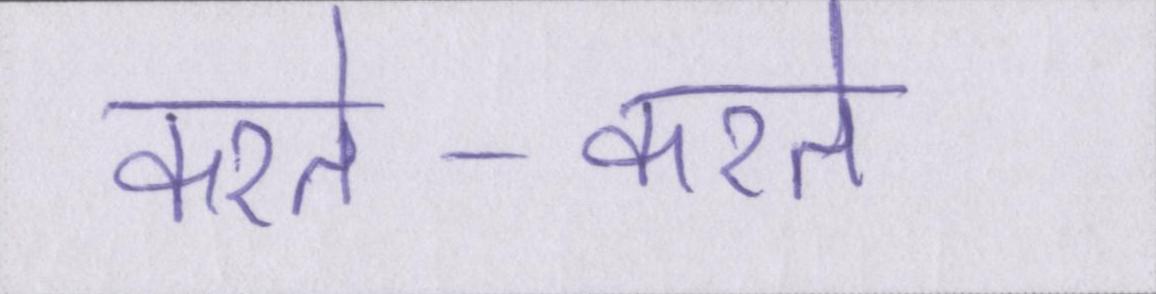
करते-करते